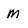
Character: M